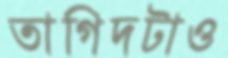
তাগিদটাও